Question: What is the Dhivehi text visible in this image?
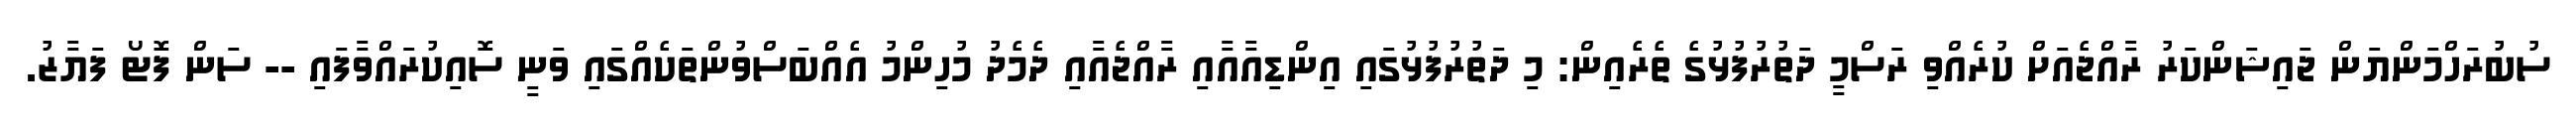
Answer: ސުބުރަހްމަންޔަން ޖައިޝަންކަރު ރާއްޖެއަށް ކުރެއްވި ރަސްމީ ދަތުރުފުޅުގެ ތެރެއިން: މި ދަތުރުފުޅުގައި އިންޑިއާއާއި ރާއްޖެއާއި ދެމެދު މުހިންމު އެއްބަސްވުންތަކެއްގައި ވަނީ ސޮއިކުރައްވާފައި -- ސަން ފޮޓޯ ފަޔާޒު.